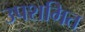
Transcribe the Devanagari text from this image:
उपशमित